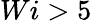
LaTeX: Wi>5